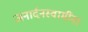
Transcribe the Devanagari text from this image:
जनार्दनस्वामींना